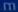
m